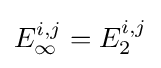
E_{\infty }^{i,j}=E_{2}^{i,j}